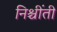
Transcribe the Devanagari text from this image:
निश्चींती